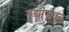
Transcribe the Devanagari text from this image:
मुद्यांमधून